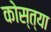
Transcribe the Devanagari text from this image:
कोस्त्या